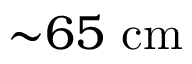
{ \sim } 6 5 ~ \mathrm { c m }